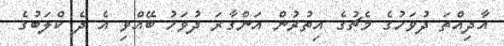
އާދިއްތަ ދުވަހުގެ މެޗުގެ އިތުރުން އަންގާރަ ދުވަހު ބޭއްވި އެ ދެ ކްލަބުގެ